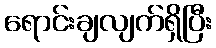
ရောင်းချလျက်ရှိပြီး